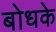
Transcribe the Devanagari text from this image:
बोधके